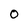
Character: 0